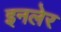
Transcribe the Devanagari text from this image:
इनलेर